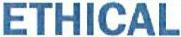
ETHICAL